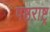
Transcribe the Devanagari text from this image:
षष्ठराष्ट्र